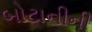
બોટાનીની